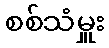
စစ်သံမှူး